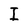
Character: I